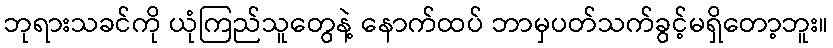
ဘုရားသခင်ကို ယုံကြည်သူတွေနဲ့ နောက်ထပ် ဘာမှပတ်သက်ခွင့်မရှိတော့ဘူး။